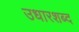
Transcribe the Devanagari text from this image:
उधारशब्द